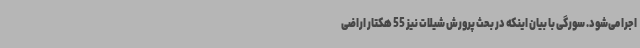
اجرا می‌شود. سورگی با بیان اینکه در بحث پرورش شیلات نیز 55 هکتار اراضی